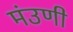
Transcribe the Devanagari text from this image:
मंउणी